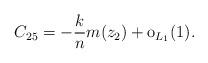
LaTeX: \begin{align*} C_{25}=-\frac{k}{n}m(z_2)+\mathrm{o}_{L_1}(1).\end{align*}